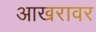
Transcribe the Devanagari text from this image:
आखरावर